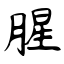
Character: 腥